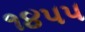
૧૪૫૫